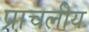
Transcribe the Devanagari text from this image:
प्राचलीय